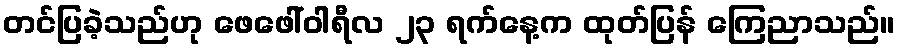
တင်ပြခဲ့သည်ဟု ဖေဖေါ်ဝါရီလ ၂၃ ရက်နေ့က ထုတ်ပြန် ကြေညာသည်။